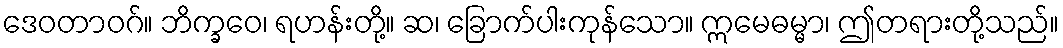
ဒေဝတာဝဂ်။ ဘိက္ခဝေ၊ ရဟန်းတို့။ ဆ၊ ခြောက်ပါးကုန်သော။ ဣမေဓမ္မာ၊ ဤတရားတို့သည်။